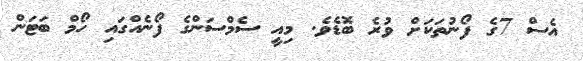
އެސް 7ގެ ފޯނުތަކަށް ވުރެ ބޮޑެވެ. މިއީ ސެމްސަންގެ ފޯނެއްގައި ހޯމް ބަޓަން